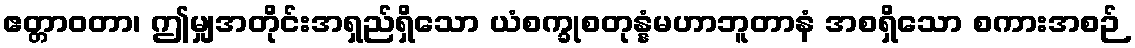
ဧတ္တာဝတာ၊ ဤမျှအတိုင်းအရှည်ရှိသော ယံစက္ခုစတုန္နံမဟာဘူတာနံ အစရှိသော စကားအစဉ်